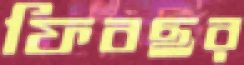
ফিবছর